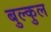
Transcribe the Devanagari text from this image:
बुल्कुल